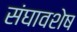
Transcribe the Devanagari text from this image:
संघावशेष